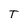
Character: T